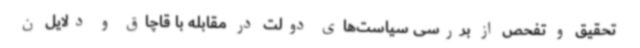
تحقیق و تفحص از بررسی سیاست‌های دولت در مقابله با قاچاق و دلایل ن